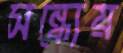
সন্ধ্যেয়